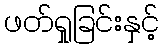
ဖတ်ရှုခြင်းနှင့်